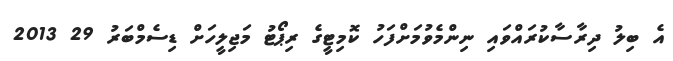
އެ ބިލު ދިރާސާކުރައްވައި ނިންމެވުމަށްފަހު ކޮމިޓީގެ ރިޕޯޓު މަޖިލީހަށް ޑިސެމްބަރު 29 2013